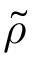
\tilde { \rho }